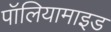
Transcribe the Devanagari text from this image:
पॉलियामाइड